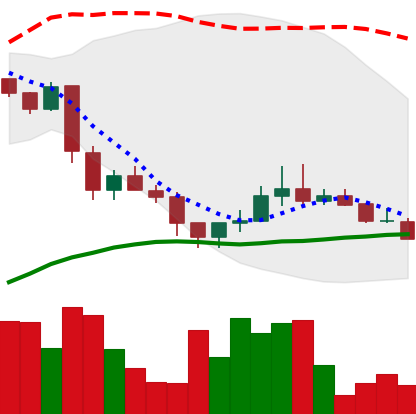
Ticker: LINK-USD
Chart end date: 2018-12-05
Forward return: -14.629%
Label: down_7plus